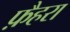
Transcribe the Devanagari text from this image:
फ़ैहरा